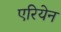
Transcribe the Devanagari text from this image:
एरियेन